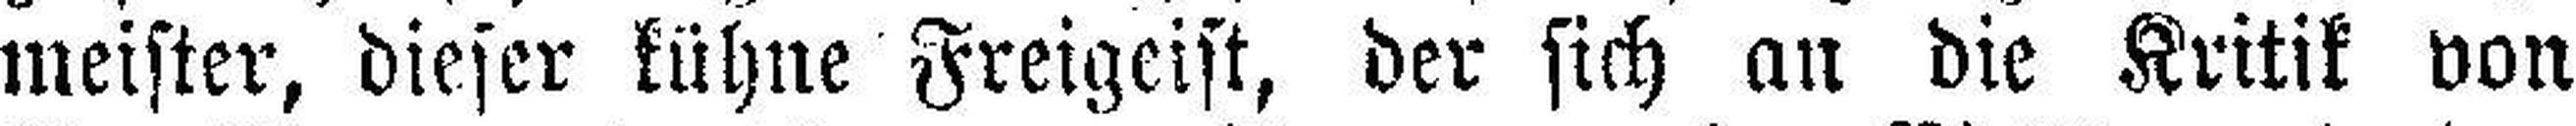
meister, dieser kühne Freigeist, der sich an die Kritik von